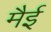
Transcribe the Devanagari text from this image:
मैई